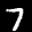
Label: 7